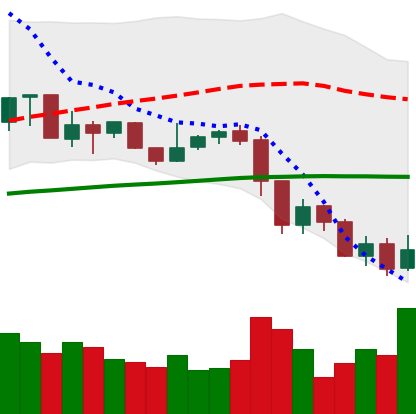
Ticker: XRP-USD
Chart end date: 2019-07-17
Forward return: 3.7%
Label: up_3_5